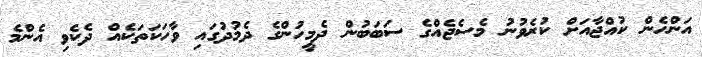
އަންހެން ކުއްޖާއަށް ކުރެވުނު މެސެޖެއްގެ ސަބަބުން ދެމީހުންގެ ދެމުދުގައި ވާހަކަތަކެއް ދެކެވި އެންމެ